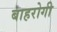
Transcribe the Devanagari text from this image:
बाहरोगी